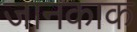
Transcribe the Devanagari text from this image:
जानकाक